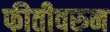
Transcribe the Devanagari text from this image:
फीतीवरुन